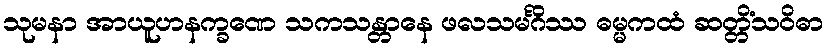
သုမနာ အာယူဟနက္ခဏေ သကသန္တာနေ ဖလသမင်္ဂိဿ ဓမ္မကထံ ဆတ္တိံသဝိဓာ